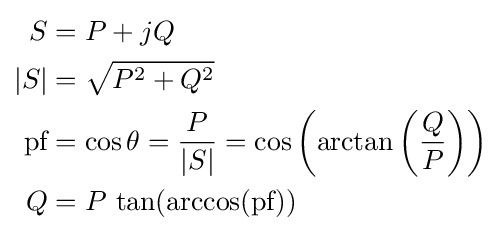
{\begin{aligned}S&=P+jQ\\|S|&={\sqrt {P^{2}+Q^{2}}}\\{\text{pf}}&=\cos {\theta }={\frac {P}{|S|}}=\cos {\left(\arctan {\left({\frac {Q}{P}}\right)}\right)}\\Q&=P\,\tan(\arccos({\text{pf}}))\end{aligned}}